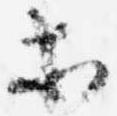
等